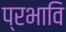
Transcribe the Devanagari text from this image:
प्रभावि